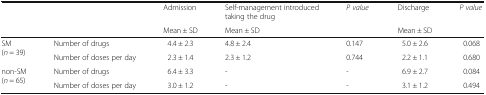
<table><thead><tr><td rowspan="2" colspan="2"></td><td><b>Admission</b></td><td><b>Self-management introduced taking the drug</b></td><td rowspan="2"><b><i>P value</i></b></td><td><b>Discharge</b></td><td rowspan="2"><b><i>P value</i></b></td></tr><tr><td><b>Mean ± SD</b></td><td><b>Mean ± SD</b></td><td><b>Mean ± SD</b></td></tr></thead><tbody><tr><td rowspan="2">SM(<i>n</i> = 39)</td><td>Number of drugs</td><td>4.4 ± 2.3</td><td>4.8 ± 2.4</td><td>0.147</td><td>5.0 ± 2.6</td><td>0.068</td></tr><tr><td>Number of doses per day</td><td>2.3 ± 1.4</td><td>2.3 ± 1.2</td><td>0.744</td><td>2.2 ± 1.1</td><td>0.680</td></tr><tr><td rowspan="2">non-SM(<i>n</i> = 65)</td><td>Number of drugs</td><td>6.4 ± 3.3</td><td>-</td><td>-</td><td>6.9 ± 2.7</td><td>0.084</td></tr><tr><td>Number of doses per day</td><td>3.0 ± 1.2</td><td>-</td><td>-</td><td>3.1 ± 1.2</td><td>0.494</td></tr></tbody></table>